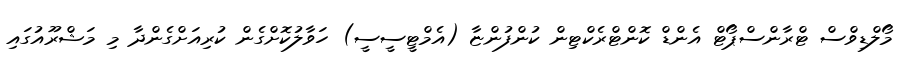
މޯލްޑިވްސް ޓްރާންސްޕޯޓް އެންޑް ކޮންޓްރެކްޓިން ކުންފުންޏާ (އެމްޓީސީސީ) ހަވާލުކޮށްގެން ކުރިއަށްގެންދާ މި މަޝްރޫއުގައި